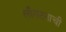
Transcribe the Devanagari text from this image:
लाँगटनाची